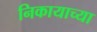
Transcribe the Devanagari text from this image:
निकायाच्या